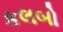
કલબો